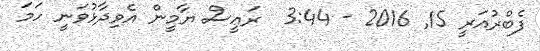
ފެބްރުއަރީ 15